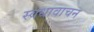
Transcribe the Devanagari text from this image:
स्वधावाचन